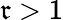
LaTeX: \mathfrak{r}>1